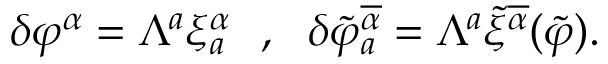
\delta \varphi ^ { \alpha } = \Lambda ^ { a } \xi _ { a } ^ { \alpha } \ \ , \ \ \delta \tilde { \varphi } _ { a } ^ { \overline { { { \alpha } } } } = \Lambda ^ { a } \tilde { \xi } ^ { \overline { { { \alpha } } } } ( \tilde { \varphi } ) .